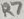
Text: R7